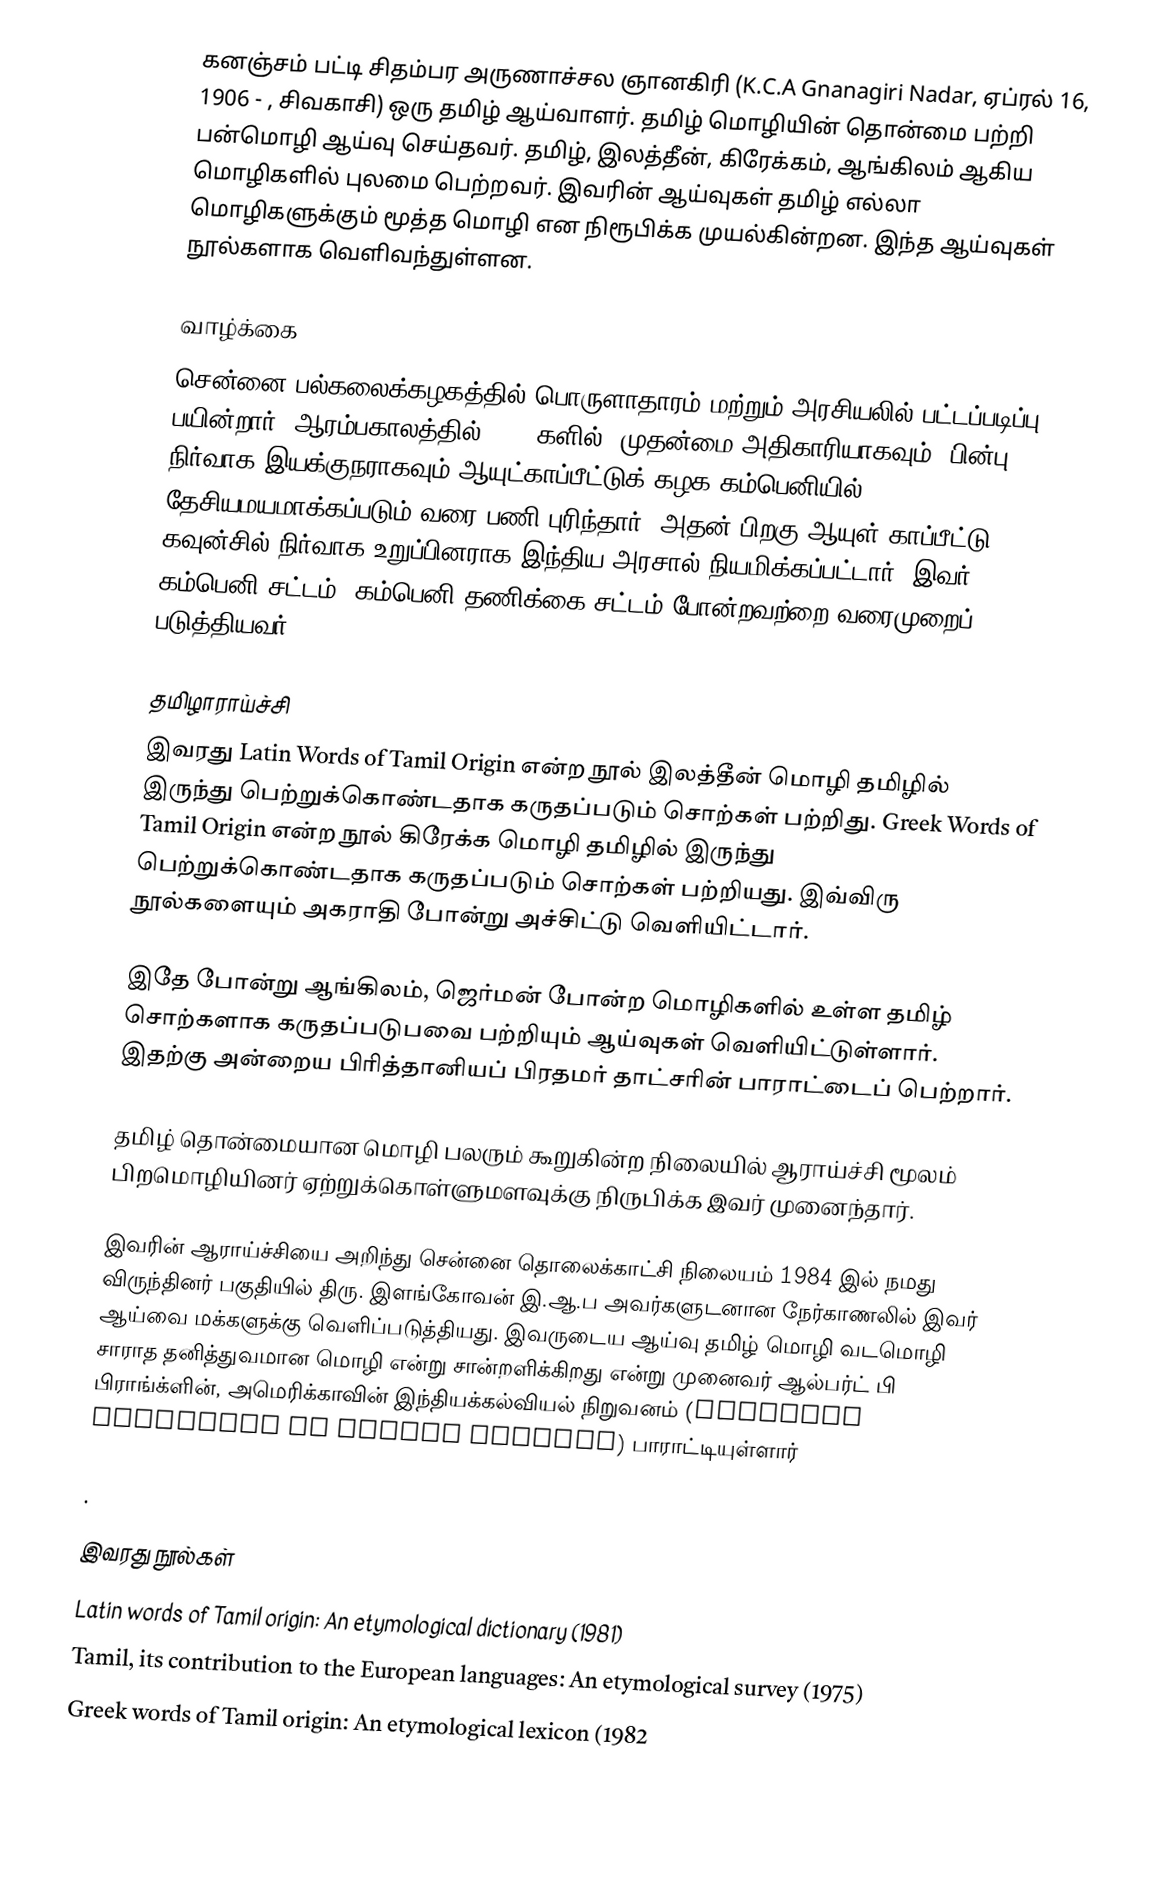
கனஞ்சம் பட்டி சிதம்பர அருணாச்சல ஞானகிரி (K.C.A Gnanagiri Nadar, ஏப்ரல் 16, 1906 - , சிவகாசி) ஒரு தமிழ் ஆய்வாளர். தமிழ் மொழியின் தொன்மை பற்றி பன்மொழி ஆய்வு செய்தவர். தமிழ், இலத்தீன், கிரேக்கம், ஆங்கிலம் ஆகிய மொழிகளில் புலமை பெற்றவர்.  இவரின் ஆய்வுகள் தமிழ் எல்லா மொழிகளுக்கும் மூத்த மொழி என நிரூபிக்க முயல்கின்றன. இந்த ஆய்வுகள் நூல்களாக வெளிவந்துள்ளன.

வாழ்க்கை
சென்னை பல்கலைக்கழகத்தில் பொருளாதாரம் மற்றும் அரசியலில் பட்டப்படிப்பு பயின்றார். ஆரம்பகாலத்தில் (1920களில்) முதன்மை அதிகாரியாகவும், பின்பு நிர்வாக இயக்குநராகவும் ஆயுட்காப்பீட்டுக் கழக கம்பெனியில் தேசியமயமாக்கப்படும் வரை பணி புரிந்தார். அதன் பிறகு ஆயுள் காப்பீட்டு கவுன்சில் நிர்வாக உறுப்பினராக இந்திய அரசால் நியமிக்கப்பட்டார். இவர் கம்பெனி சட்டம், கம்பெனி தணிக்கை சட்டம் போன்றவற்றை வரைமுறைப் படுத்தியவர்.

தமிழாராய்ச்சி
இவரது Latin Words of Tamil Origin என்ற நூல் இலத்தீன் மொழி தமிழில் இருந்து பெற்றுக்கொண்டதாக கருதப்படும் சொற்கள் பற்றிது.  Greek Words of Tamil Origin என்ற நூல் கிரேக்க மொழி தமிழில் இருந்து பெற்றுக்கொண்டதாக கருதப்படும் சொற்கள் பற்றியது.  இவ்விரு நூல்களையும் அகராதி போன்று அச்சிட்டு வெளியிட்டார்.

இதே போன்று ஆங்கிலம், ஜெர்மன் போன்ற மொழிகளில் உள்ள தமிழ் சொற்களாக கருதப்படுபவை பற்றியும் ஆய்வுகள் வெளியிட்டுள்ளார்.  இதற்கு அன்றைய பிரித்தானியப் பிரதமர் தாட்சரின் பாராட்டைப் பெற்றார்.

தமிழ் தொன்மையான மொழி பலரும் கூறுகின்ற நிலையில் ஆராய்ச்சி மூலம் பிறமொழியினர் ஏற்றுக்கொள்ளுமளவுக்கு நிருபிக்க இவர் முனைந்தார்.

இவரின் ஆராய்ச்சியை அறிந்து சென்னை தொலைக்காட்சி நிலையம் 1984 இல் நமது விருந்தினர் பகுதியில் திரு. இளங்கோவன் இ.ஆ.ப அவர்களுடனான நேர்காணலில் இவர் ஆய்வை மக்களுக்கு வெளிப்படுத்தியது. இவருடைய ஆய்வு தமிழ் மொழி வடமொழி சாராத தனித்துவமான மொழி என்று சான்றளிக்கிறது என்று முனைவர் ஆல்பர்ட் பி பிராங்க்ளின், அமெரிக்காவின் இந்தியக்கல்வியல் நிறுவனம் (American Institute of Indian Studies) பாராட்டியுள்ளார்

.

இவரது நூல்கள்
 Latin words of Tamil origin: An etymological dictionary (1981)
 Tamil, its contribution to the European languages: An etymological survey (1975)
 Greek words of Tamil origin: An etymological lexicon (1982